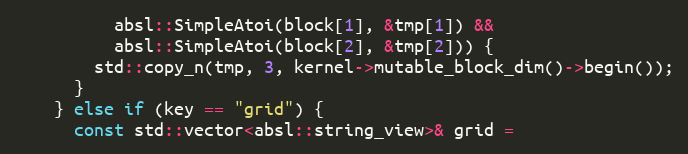
Language: C++
          absl::SimpleAtoi(block[1], &tmp[1]) &&
          absl::SimpleAtoi(block[2], &tmp[2])) {
        std::copy_n(tmp, 3, kernel->mutable_block_dim()->begin());
      }
    } else if (key == "grid") {
      const std::vector<absl::string_view>& grid =